Vaccination report Assam 1896-1927 - 1896-1927
Year: 1896
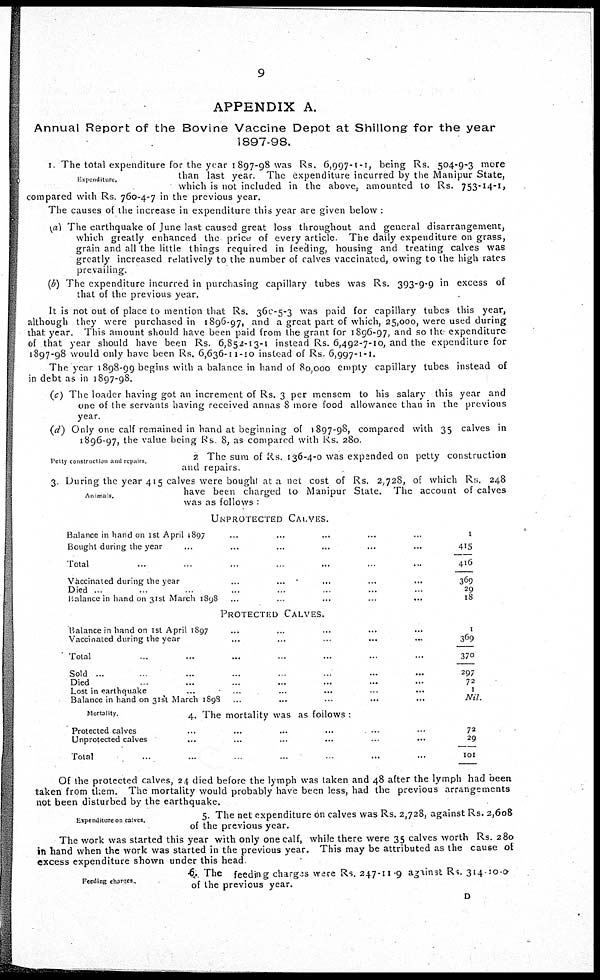
9
APPENDIX A.
Annual Report of the Bovine Vaccine Depot at Shillong for the year
1897-98.
Expenditure.
1. The total expenditure for the year 1897-98 was Rs. 6,997-1-1, being Rs. 504-9-3 more
than last year. The expenditure incurred by the Manipur State,
which is not included in the above, amounted to Rs. 753-14-1,
compared with Rs. 760-4-7 in the previous year.
The causes of the increase in expenditure this year are given below :
(a) The earthquake of June last caused great loss throughout and general disarrangement,
which greatly enhanced the price of every article. The daily expenditure on grass,
grain and all the little things required in feeding, housing and treating calves was
greatly increased relatively to the number of calves vaccinated, owing to the high rates
prevailing.
(b) The expenditure incurred in purchasing capillary tubes was Rs. 393-9-9 in excess of
that of the previous year.
It is not out of place to mention that Rs. 360-5-3 was paid for capillary tubes this year,
although they were purchased in 1896-97, and a great part of which, 25,000, were used during
that year. This amount should have been paid from the grant for 1896-97, and so the expenditure
of that year should have been Rs. 6,852-13-1 instead Rs. 6,492-7-10, and the expenditure for
1897-98 would only have been Rs. 6,636-11-10 instead of Rs. 6,997-1-1.
The year 1898-99 begins with a balance in hand of 80,000 empty capillary tubes instead of
in debt as in 1897-98.
(c) The loader having got an increment of Rs. 3 per mensem to his salary this year and
one of the servants having received annas 8 more food allowance than in the previous
year.
(d) Only one calf remained in hand at beginning of 1897-98, compared with 35 calves in
1896-97, the value being Rs 8, as compared with Rs. 280.
Petty construction and repairs.
2 The sum of Rs. 136-4-0 was expended on petty construction
and repairs.
Animals.
3. During the year 415 calves were bought at a net cost of Rs. 2,728, of which Rs. 248
have been charged to Manipur State. The account of calves
was as follows :
UNPROTECTED CALVES.
Balance in hand on 1st April 1897 ... ... ... ... ...
Bought during the year ... ... ... ... ... ...
Total ... ... ... ... ... ...
Vaccinated during the year ... ... ... ... ...
Died ... ... ... ... ... ...
Balance in hand on 31st March 1898 ... ... ... ...
PROTECTED CALVES.
Balance in hand on 1st April 1897 ... ... ... ... ...
Vaccinated during the year ... ... ... ... ...
Total ... ... ... ... ... ...
Sold ... ... ... ... ... ... ...
Died ... ... ... ... ... ...
Lost in earthquake ... ... ... ... ... ...
Balance in hand on 31st March 1898 ... ... ... ... ...
1
415
416
369
29
18
1
369
370
297
72
1
Nil.
Mortality.
4. The mortality was as follows :
Protected calves
Unprotected calves
...
Total
72
29
101
Of the protected calves, 24 died before the lymph was taken and 48 after the lymph had been
taken from them. The mortality would probably have been less, had the previous arrangements
not been disturbed by the earthquake.
Expenditure on calves.
5. The net expenditure on calves was Rs. 2,728, against Rs. 2,608
of the previous year.
The work was started this year with only one calf, while there were 35 calves worth Rs. 280
in hand when the work was started in the previous year. This may be attributed as the cause of
excess expenditure shown under this head.
Feeding chargers.
6. The feeding charges were Rs. 247-11.9 against Rs. 314-10-0
of the previous year.
D